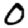
Digit: 0